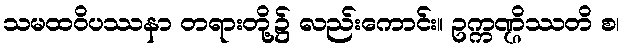
သမထဝိပဿနာ တရားတို့၌ လည်းကောင်း။ ဥက္ကဏ္ဌိဿတိ စ၊